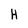
Character: H